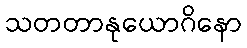
သတတာနုယောဂိနော